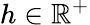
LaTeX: h\in\mathbb{R}^{+}